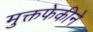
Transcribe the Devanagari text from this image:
मुक्तफेकीने